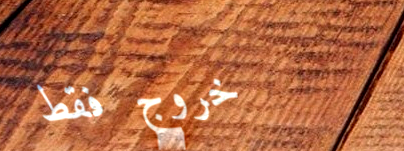
خروج فقط